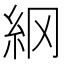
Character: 䋄